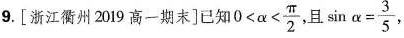
9. [浙江衢州2019高一期末]已知0 $$0< \alpha < \frac{ \pi }{2}$$ 且 $$\sin \alpha = \frac{3}{5}$$ ，